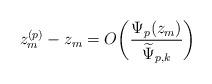
LaTeX: \begin{align*}z^{(p)}_m-z_m=O\bigg(\frac{\Psi_p(z_m)}{\widetilde{\Psi}_{p,k}}\bigg)\quad\end{align*}